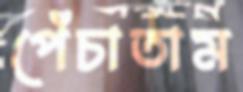
পেঁচাতাম